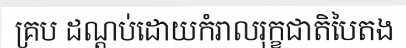
គ្រប ដណ្តប់ដោយកំរាលរុក្ខជាតិបៃតង